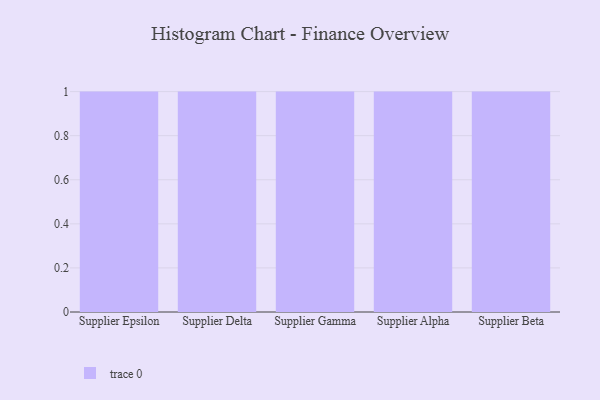
{"axis": {"x": "Supplier", "y": "Satisfaction Score"}, "legend": [""], "data": [{"x": "Supplier Epsilon", "y": 68, "type": ""}, {"x": "Supplier Delta", "y": 98, "type": ""}, {"x": "Supplier Gamma", "y": 41, "type": ""}, {"x": "Supplier Alpha", "y": 73, "type": ""}, {"x": "Supplier Beta", "y": 83, "type": ""}]}